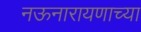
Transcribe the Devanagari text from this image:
नऊनारायणाच्या